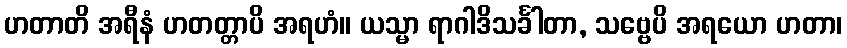
ဟတာတိ အရီနံ ဟတတ္တာပိ အရဟံ။ ယသ္မာ ရာဂါဒိသင်္ခါတာ, သဗ္ဗေပိ အရယော ဟတာ၊